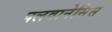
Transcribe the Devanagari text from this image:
पलवानेसिस